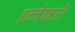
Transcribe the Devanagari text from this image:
इन्जेक्टरों